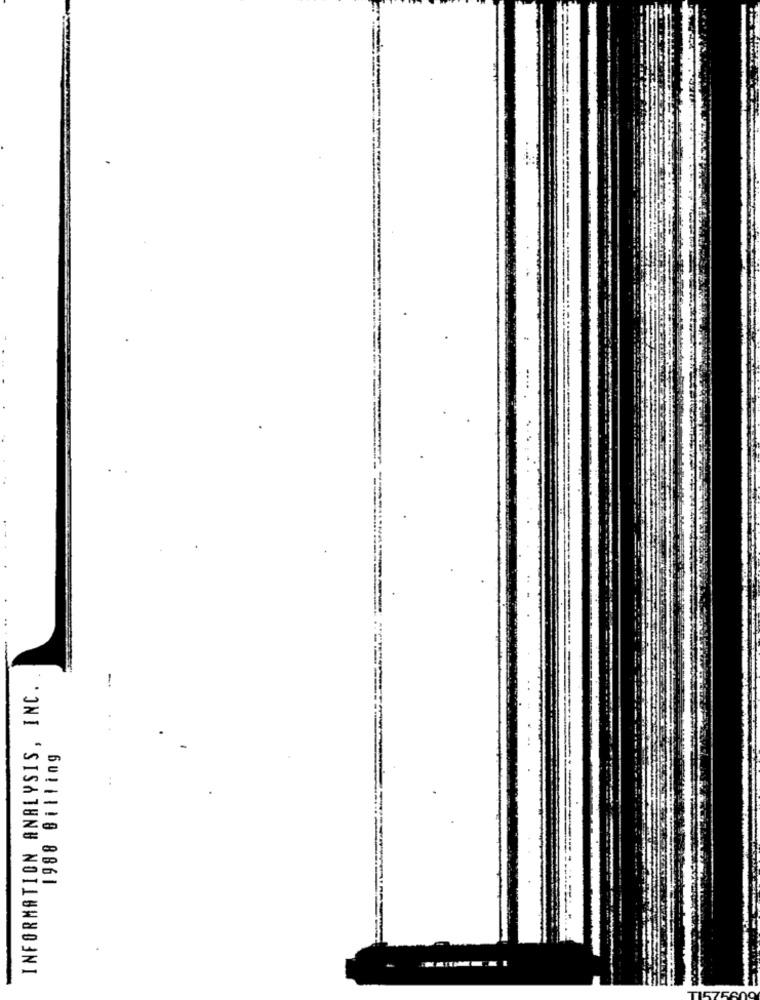
INFORMATION ANALYSIS, INC.
. .
6011118 8861